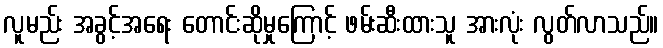
လူမည်း အခွင့်အရေး တောင်းဆိုမှုကြောင့် ဖမ်းဆီးထားသူ အားလုံး လွတ်လာသည်။